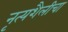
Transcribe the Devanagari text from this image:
नृत्यशैलीचा